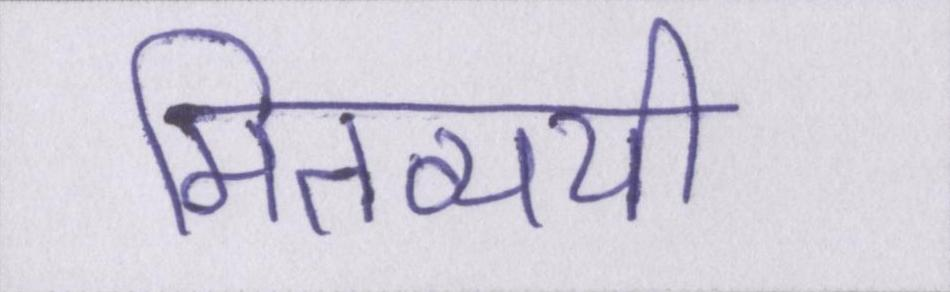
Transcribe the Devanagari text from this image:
मितव्ययी